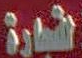
التجارة